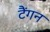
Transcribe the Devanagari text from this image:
टैंगन